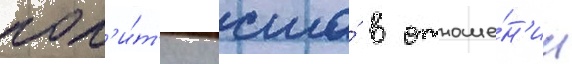
пол'и́т'ику сша́ в отноше́н'ии